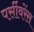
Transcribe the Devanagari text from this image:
पर्सीवरेंस